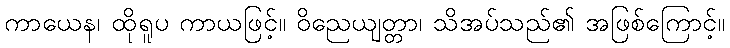
ကာယေန၊ ထိုရူပ ကာယဖြင့်။ ဝိညေယျတ္တာ၊ သိအပ်သည်၏ အဖြစ်ကြောင့်။